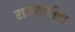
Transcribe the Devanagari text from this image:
राजमाचीचा